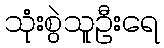
သုံးစွဲသူဦးရေ